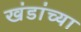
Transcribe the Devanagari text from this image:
खंडांच्‍या